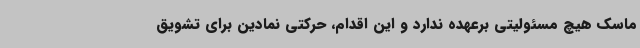
ماسک هیچ مسئولیتی برعهده ندارد و این اقدام، حرکتی نمادین برای تشویق